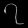
Digit: ၇